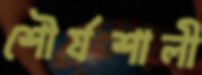
শৌর্যশালী